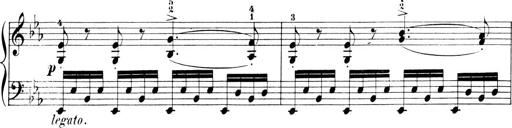
Title: 6 Piano Sonatinas
Composer: Cornelius Gurlitt